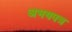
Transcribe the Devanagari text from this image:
अभयपत्र